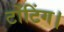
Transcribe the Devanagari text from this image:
टोंटिंग।